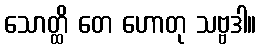
သောတ္ထိ တေ ဟောတု သဗ္ဗဒါ။